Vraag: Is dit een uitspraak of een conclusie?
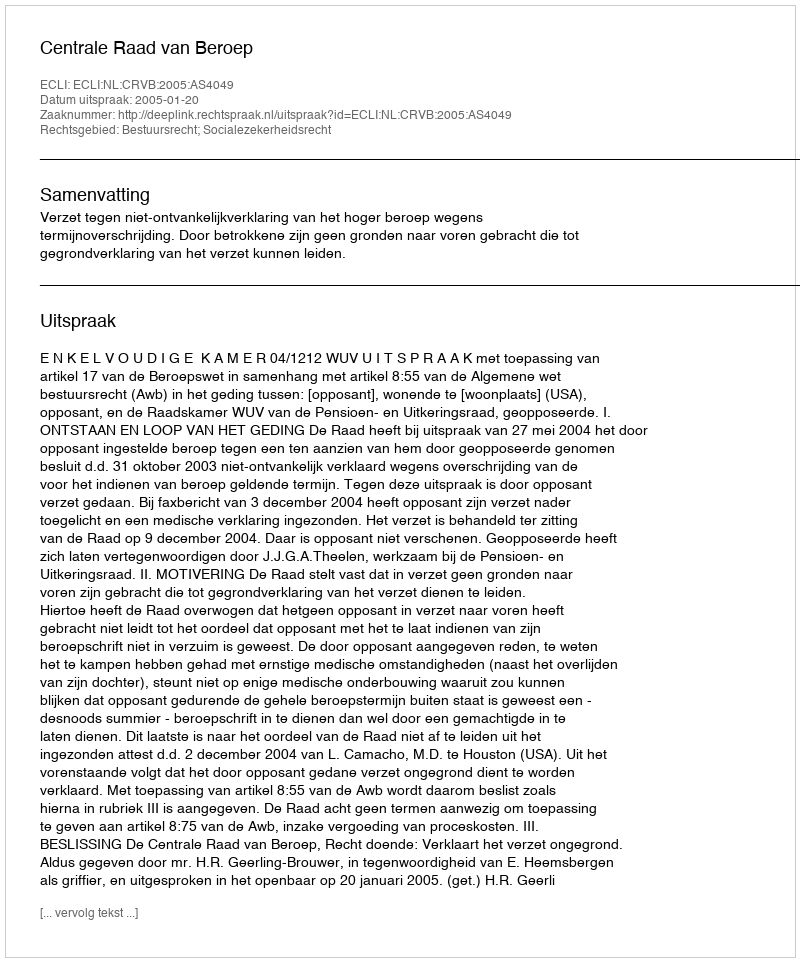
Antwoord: Uitspraak